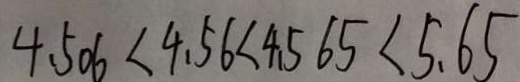
4 . 5 0 6 < 4 . 5 6 < 4 . 5 6 5 < 5 . 6 5